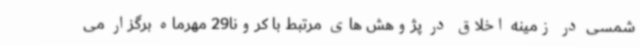
شمسی در زمینه اخلاق در پژوهش های مرتبط با کرونا29 مهرماه برگزار می